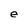
Character: e